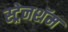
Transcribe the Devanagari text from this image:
स्ट्रेनशॅम